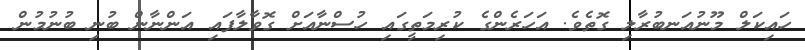
ހައިކަލް މޫނުއަނބުރާލި ގޮތެވެ. އަހަރެންގެ ކުރިމަތީގައި ހުސްނާއަށް ގޮވާލާފައި އަންނާން ބުނި ބުނުމުން